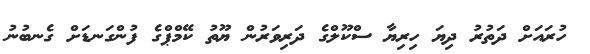
ހުރައަށް ދަތުރު ދިޔަ ހިރިޔާ ސްކޫލްގެ ދަރިވަރުން ޔޫތު ކޭމްޕްގެ ފުންގަނޑަށް ގެނބުނު